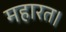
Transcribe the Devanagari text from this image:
महारत।